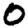
Digit: 0